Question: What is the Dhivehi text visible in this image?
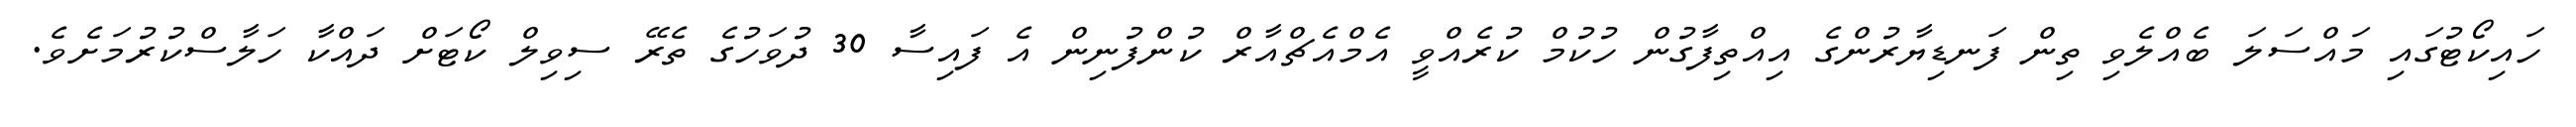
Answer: ހައިކޯޓުގައި މައްސަލަ ބެއްލެވި ތިން ފަނޑިޔާރުންގެ އިއްތިފާގުން ހުކުމް ކުރެއްވީ އެމްއެޗްއާރް ކުންފުނިން އެ ފައިސާ 30 ދުވަހުގެ ތެރޭ ސިވިލް ކޯޓަށް ދައްކާ ހަލާސްކުރުމަށެވެ.